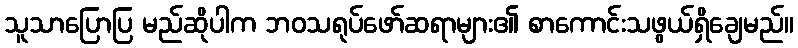
သူသာပြောပြ မည်ဆိုပါက ဘဝသရုပ်ဖော်ဆရာများ၏ စာကောင်းသဖွယ်ရှိချေမည်။